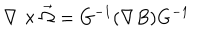
\nabla \times \vec { \Omega } = G ^ { - 1 } ( \nabla B ) G ^ { - 1 }